Vaccination in Bombay 1863-1868 - 1863-1868
Year: 1863
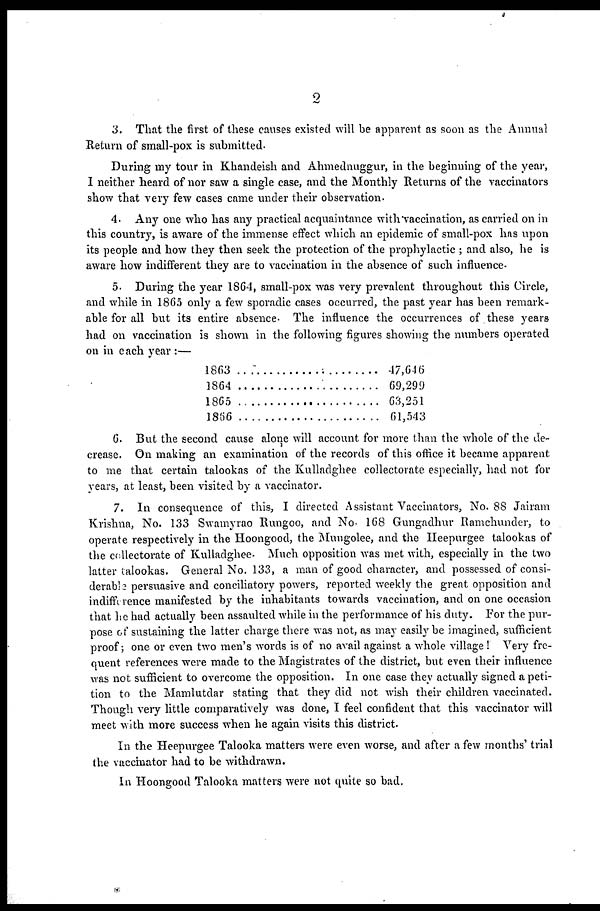
2
3. That the first of these causes existed will be apparent as soon as the Annual
Return of small-pox is submitted.
During my tour in Khandeish and Ahmednuggur, in the beginning of the year,
I neither heard of nor saw a single case, and the Monthly Returns of the vaccinators
show that very few cases came under their observation.
4. Any one who has any practical acquaintance with vaccination, as carried on in
this country, is aware of the immense effect which an epidemic of small-pox has upon
its people and how they then seek the protection of the prophylactic ; and also, he is
aware how indifferent they are to vaccination in the absence of such influence.
5. During the year 1864, small-pox was very prevalent throughout this Circle,
and while in 1865 only a few sporadic cases occurred, the past year has been remark-
able for all but its entire absence. The influence the occurrences of these years
had on vaccination is shown in the following figures showing the numbers operated
on in each year:—
1863.........................................
1864.........................................
1865.........................................
1866
47,646
69,299
63,251
61,543
6. But the second cause alone will account for more than the whole of the de-
crease. On making an examination of the records of this office it became apparent
to me that certain talookas of the Kulladghee collectorate especially, had not for
years, at least, been visited by a vaccinator.
7. In consequence of this, I directed Assistant Vaccinators, No. 88 Jairam
Krishna, No. 133 Swamyrao Rungoo, and No. 168 Gungadhur Ramchunder, to
operate respectively in the Hoongood, the Mungolee, and the Heepurgee talookas of
the collectorate of Kulladghee. Much opposition was met with, especially in the two
latter talookas. General No. 133, a man of good character, and possessed of consi-
derable persuasive and conciliatory powers, reported weekly the great opposition and
indifference manifested by the inhabitants towards vaccination, and on one occasion
that he had actually been assaulted while in the performance of his duty. For the pur-
pose of sustaining the latter charge there was not, as may easily be imagined, sufficient
proof; one or even two men's words is of no avail against a whole village ! Very fre-
quent references were made to the Magistrates of the district, but even their influence
was not sufficient to overcome the opposition. In one case they actually signed a peti-
tion to the Mamlutdar stating that they did not wish their children vaccinated.
Though very little comparatively was done, I feel confident that this vaccinator will
meet with more success when he again visits this district.
In the Heepurgee Talooka matters were even worse, and after a few months' trial
the vaccinator had to be withdrawn.
In Hoongood Talooka matters were not quite so bad.